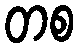
တစ